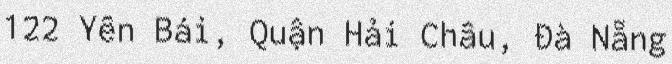
122 Yên Bái, Quận Hải Châu, Đà Nẵng